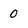
Character: 0